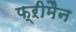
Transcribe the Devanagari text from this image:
फ्ऱीमैन